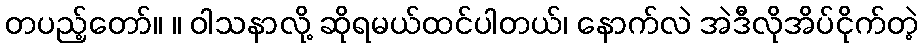
တပည့်တော်။ ။ ဝါသနာလို့ ဆိုရမယ်ထင်ပါတယ်၊ နောက်လဲ အဲဒီလိုအိပ်ငိုက်တဲ့